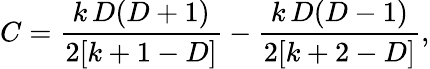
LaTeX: C=\frac{k\, D(D+1)}{2[k+1-D]}-\frac{k\, D(D-1)}{2[k+2-D]},